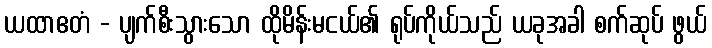
ယထာဧတံ - ပျက်စီးသွားသော ထိုမိန်းမငယ်၏ ရုပ်ကိုယ်သည် ယခုအခါ စက်ဆုပ် ဖွယ်